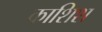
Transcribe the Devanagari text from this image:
काशिश